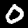
Digit: 0